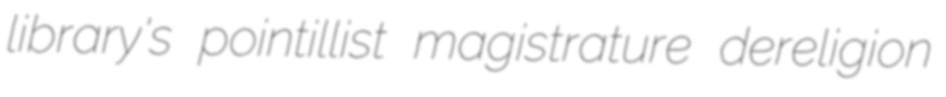
library's pointillist magistrature dereligion